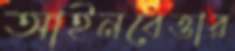
আইনবেত্তার